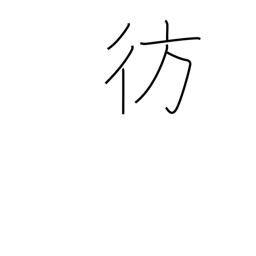
Meaning: stray